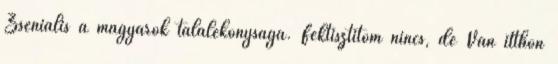
Zseniális a magyarok találékonysága. Féktisztítóm nincs, de Van itthon